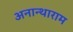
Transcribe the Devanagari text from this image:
अनान्थाराम